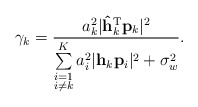
\begin{align*} \gamma_k=\frac{a_k^2\lvert\mathbf{\hat{h}}_k^{\textrm{T}}\mathbf{p}_k\rvert^2}{\sum\limits_{\substack{i=1\\i\neq k}}^K a_i^2\lvert\mathbf{h}_k\mathbf{p}_i\rvert^2+\sigma_w^2}.\end{align*}